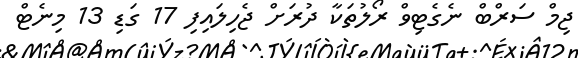
ޖިމް ސަރްބް ނެގެޓިވް ރޯލުތަކާ ދުރަށް ޖެހިލައިފި 17 ގަޑި 13 މިނެޓް